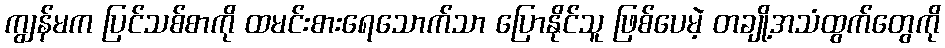
ကျွန်မက ပြင်သစ်စာကို ထမင်းစားရေသောက်သာ ပြောနိုင်သူ ဖြစ်ပေမဲ့ တချို့အသံထွက်တွေကို